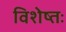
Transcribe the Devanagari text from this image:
विशेष्तः